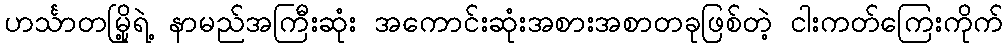
ဟင်္သာတမြို့ရဲ့ နာမည်အကြီးဆုံး အကောင်းဆုံးအစားအစာတခုဖြစ်တဲ့ ငါးကတ်ကြေးကိုက်